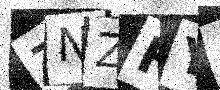
Text: ZNZFY6